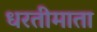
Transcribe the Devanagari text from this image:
धरतीमाता